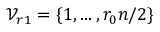
\mathcal { V } _ { r 1 } = \{ 1 , \dots , r _ { 0 } n / 2 \}